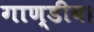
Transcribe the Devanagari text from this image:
गाण्डीव।